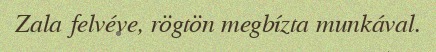
Zala felvéve, rögtön megbízta munkával.